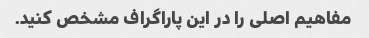
مفاهیم اصلی را در این پاراگراف مشخص کنید.